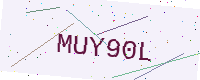
Text: MUY90L